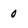
Character: 0